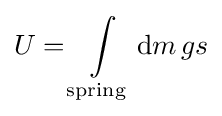
U=\int \limits _{\mathrm {spring} }\mathrm {d} m\,gs